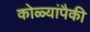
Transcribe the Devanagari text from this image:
कोळ्यांपैकी